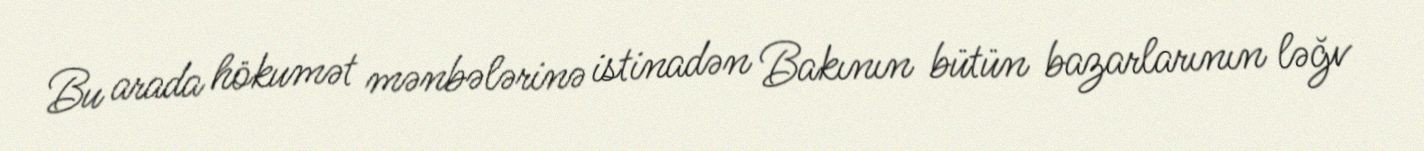
Bu arada hökumət mənbələrinə istinadən Bakının bütün bazarlarının ləğv